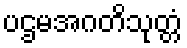
ပဌမအဂတိသုတ္တံ